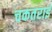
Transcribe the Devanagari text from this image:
चकतराई